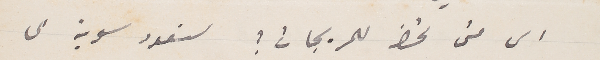
الى متى تحضر للمريجات ؟ سنعود سوية الى